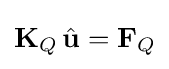
\mathbf {K} _{Q}\,{\hat {\mathbf {u} }}=\mathbf {F} _{Q}